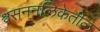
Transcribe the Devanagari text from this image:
श्वसननलिकेतील